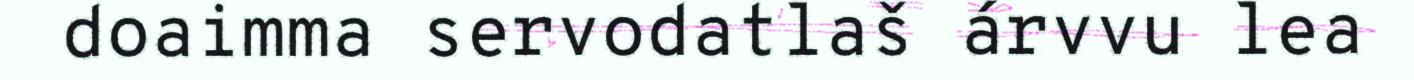
doaimma servodatlaš árvvu lea